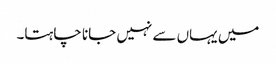
میں یہاں سے نہیں جانا چاہتا۔